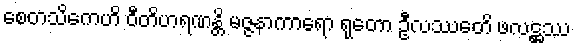
စေတသိကေဟိ ဝီတိဟရဏန္တိ မဇ္ဇနာကာရော ရုတော ဦလဿေတိ ဖလဋ္ဌဿ